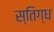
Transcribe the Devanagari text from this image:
स्तिग्ध